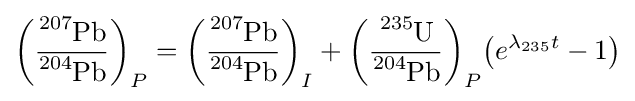
{\left({\frac {{\ce {^{207}Pb}}}{{\ce {^{204}Pb}}}}\right)_{P}}={\left({\frac {{\ce {^{207}Pb}}}{{\ce {^{204}Pb}}}}\right)_{I}}+{\left({\frac {{\ce {^{235}U}}}{{\ce {^{204}Pb}}}}\right)_{P}}{\left({e^{\lambda _{235}t}-1}\right)}